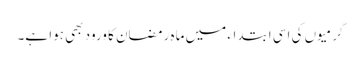
گرمیوں کی اسی ابتداء میں ماہِ رمضان کا ورود بھی ہوا ہے۔